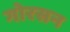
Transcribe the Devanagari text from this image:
गोरसन